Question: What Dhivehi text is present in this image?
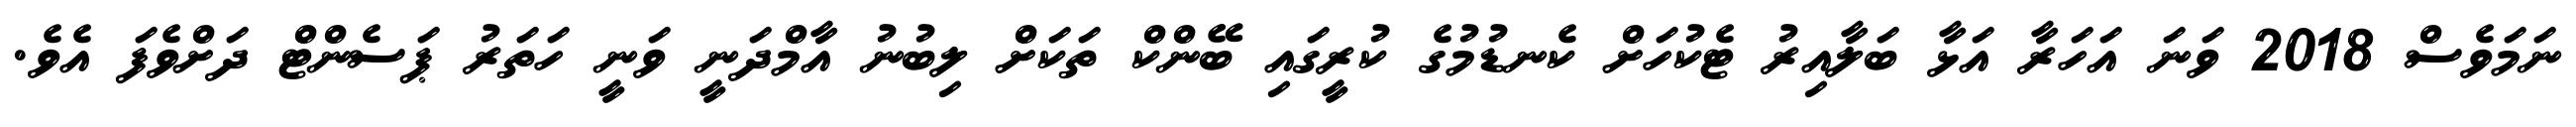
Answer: ނަމަވެސް 2018 ވަނަ އަހަރާ އަޅާ ބަލާއިރު ޓެކުހަށް ކެނޑުމުގެ ކުރީގައި ބޭންކް ތަކަށް ލިބުނު އާމްދަނީ ވަނީ ހަތަރު ޕަސެންޓް ދަށްވެފަ އެވެ.